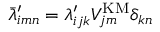
\bar { \lambda } _ { i m n } ^ { \prime } = \lambda _ { i j k } ^ { \prime } V _ { j m } ^ { \mathrm { K M } } \delta _ { k n }